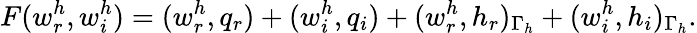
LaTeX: F(w_{r}^{h},w_{i}^{h})=(w_{r}^{h},q_{r})+(w_{i}^{h},q_{i})+(w_{r}^{h},h_{r})_{\Gamma_{h}}+(w_{i}^{h},h_{i})_{\Gamma_{h}}.